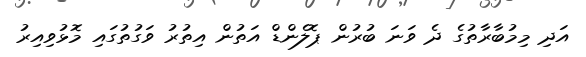
އަދި މިމުބާރާތުގެ ދެ ވަނަ ބުރުން ޕޮލެންޑް އަތުން އިތުރު ވަގުތުގައި މޮޅުވިއިރު